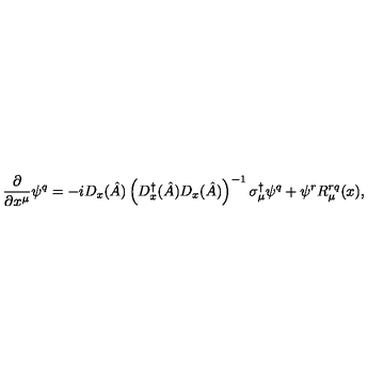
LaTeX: \frac { \partial } { \partial x ^ { \mu } } \psi ^ { q } = - i D _ { x } ( \hat { A } ) \left( D _ { x } ^ { \dagger } ( \hat { A } ) D _ { x } ( \hat { A } ) \right) ^ { - 1 } \sigma _ { \mu } ^ { \dagger } \psi ^ { q } + \psi ^ { r } R _ { \mu } ^ { r q } ( x ) ,